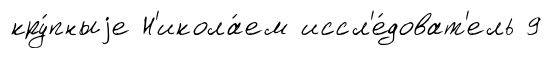
кру́пныjе Н'икола́ем иссл'е́доват'ель 9